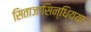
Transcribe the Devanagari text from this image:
सिताजासिन्धियया